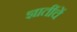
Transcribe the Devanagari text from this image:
ज्ञातींचें